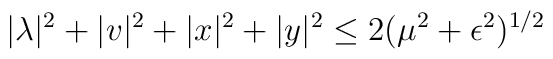
|\lambda|^2 + |v|^2 + |x|^2 + |y|^2 \leq 2(\mu^2+\epsilon^2)^{1/2}